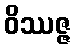
ဝိဿဇ္ဇ